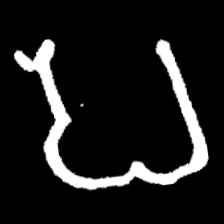
Pyu character \u2014 Myanmar letter: ပ (romanized: pa)